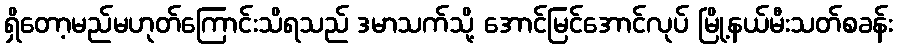
ရှိတော့မည်မဟုတ်ကြောင်းသိရသည် ဒမာသက်သို့ အောင်မြင်အောင်လုပ် မြို့နယ်မီးသတ်စခန်း